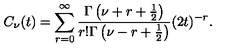
C _ { \nu } ( t ) = \sum _ { r = 0 } ^ { \infty } { \frac { \Gamma \left( \nu + r + { \frac { 1 } { 2 } } \right) } { r ! \Gamma \left( \nu - r + { \frac { 1 } { 2 } } \right) } } ( 2 t ) ^ { - r } .